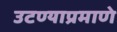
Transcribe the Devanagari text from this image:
उटण्याप्रमाणे